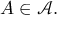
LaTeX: A \in { \mathcal { A } } .